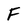
Character: F